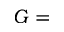
G =